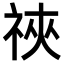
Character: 𫀋